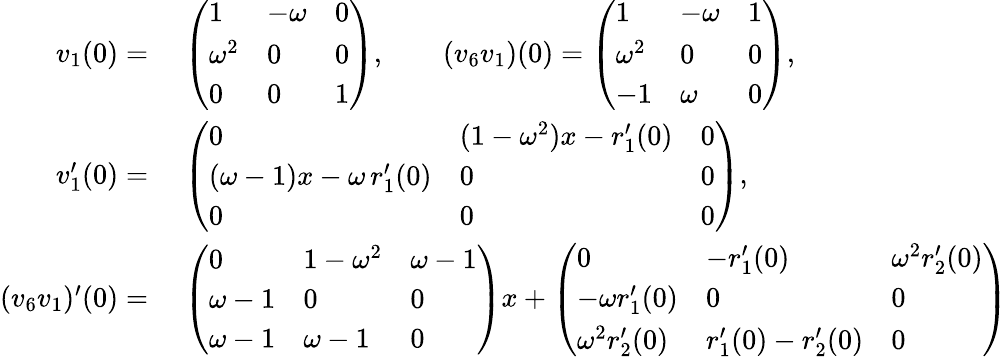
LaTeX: \begin{array}{rl}{v_{1}(0)=}&{\; \left(\begin{array}{lll}{1}&{-\omega}&{0}\\ {\omega^{2}}&{0}&{0}\\ {0}&{0}&{1}\end{array}\right),\qquad(v_{6}v_{1})(0)=\left(\begin{array}{lll}{1}&{-\omega}&{1}\\ {\omega^{2}}&{0}&{0}\\ {-1}&{\omega}&{0}\end{array}\right),}\\ {v_{1}^{\prime}(0)=}&{\; \left(\begin{array}{lll}{0}&{(1-\omega^{2})x-r_{1}^{\prime}(0)}&{0}\\ {(\omega-1)x-\omega\, r_{1}^{\prime}(0)}&{0}&{0}\\ {0}&{0}&{0}\end{array}\right),}\\ {(v_{6}v_{1})^{\prime}(0)=}&{\; \left(\begin{array}{lll}{0}&{1-\omega^{2}}&{\omega-1}\\ {\omega-1}&{0}&{0}\\ {\omega-1}&{\omega-1}&{0}\end{array}\right)x+\left(\begin{array}{lll}{0}&{-r_{1}^{\prime}(0)}&{\omega^{2}r_{2}^{\prime}(0)}\\ {-\omega r_{1}^{\prime}(0)}&{0}&{0}\\ {\omega^{2}r_{2}^{\prime}(0)}&{r_{1}^{\prime}(0)-r_{2}^{\prime}(0)}&{0}\end{array}\right)}\end{array}